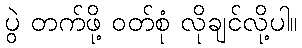
ပွဲ တက်ဖို့ ဝတ်စုံ လိုချင်လို့ပါ။